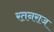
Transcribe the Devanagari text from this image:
रतनराज